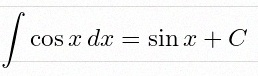
\int \cos x\,dx=\sin x+C